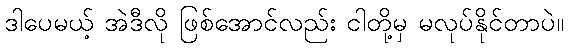
ဒါပေမယ့် အဲဒီလို ဖြစ်အောင်လည်း ငါတို့မှ မလုပ်နိုင်တာပဲ။